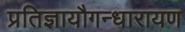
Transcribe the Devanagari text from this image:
प्रतिज्ञायौगन्धारायण